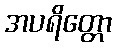
အပရိတ္တော